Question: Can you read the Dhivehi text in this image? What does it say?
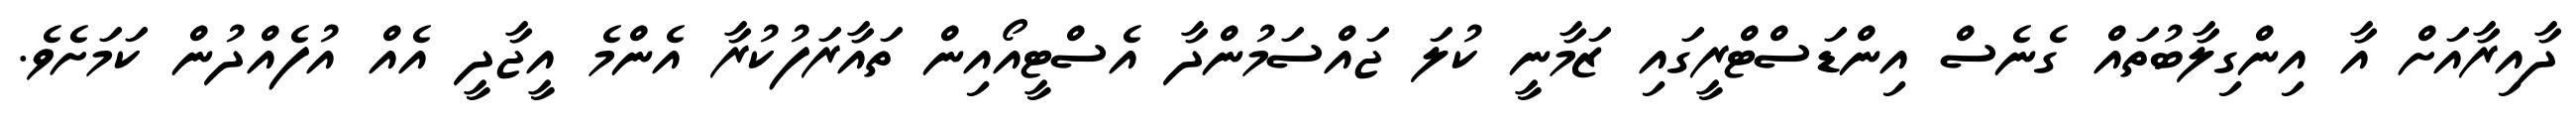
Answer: ދާއިރާއަށް އާ އިންގިލާބުތައް ގެނެސް އިންޑަސްޓްރީގައި ޒަމާނީ ކުލަ ޖައްސަމުންދާ އެސްޓީއޯއިން ތައާރަފުކުރާ އެންމެ އީޖާދީ އެއް އުފެއްދުން ކަމަށެވެ.